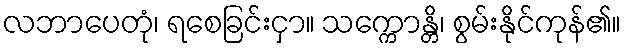
လဘာပေတုံ၊ ရစေခြင်းငှာ။ သက္ကောန္တိ၊ စွမ်းနိုင်ကုန်၏။